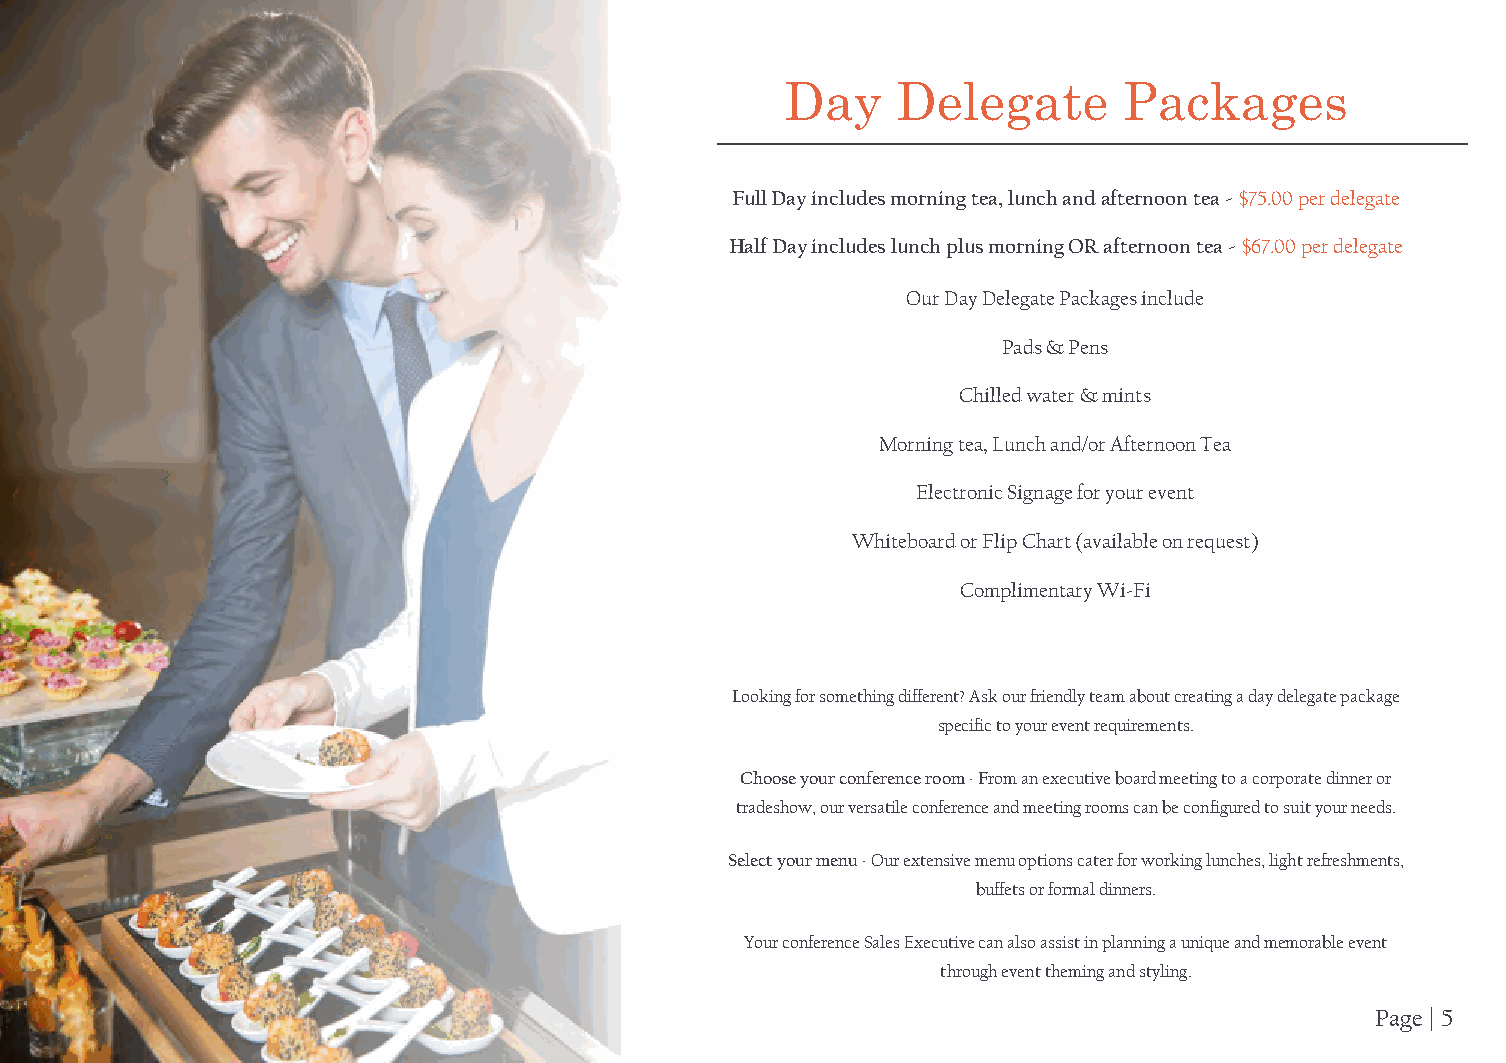
Day    Delegate       Packages
 Full Day includes morning tea, lunch and afternoon tea - $75.00 per delegate
 Half Day includes lunch plus morning OR afternoon tea - $67.00 per delegate
 Our Day Delegate Packages include
 Pads & Pens
 Chilled water & mints
 Morning tea, Lunch and/or Afternoon Tea
 Electronic Signage for your event
 Whiteboard or Flip Chart (available on request)
 Complimentary Wi-Fi
 Looking for something different? Ask our friendly team about creating a day delegate package
 specific to your event requirements.
 Choose your conference room - From an executive board meeting to a corporate dinner or
 tradeshow, our versatile conference and meeting rooms can be configured to suit your needs.
 Select your menu - Our extensive menu options cater for working lunches, light refreshments,
 buffets or formal dinners.
 Your conference Sales Executive can also assist in planning a unique and memorable event
 through event theming and styling.
 Page | 5